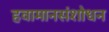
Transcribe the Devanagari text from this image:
हवामानसंशोधन